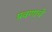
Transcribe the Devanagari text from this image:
प्रवणाचे